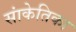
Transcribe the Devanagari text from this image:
सांकेतिका